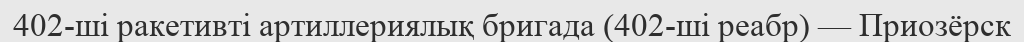
402-ші ракетивті артиллериялық бригада (402-ші реабр) — Приозёрск